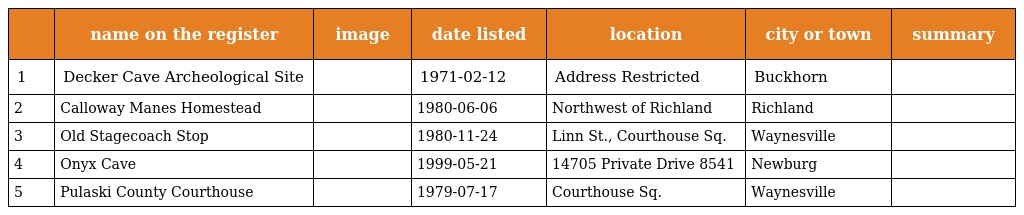
|  | name on the register | image | date listed | location | city or town | summary |
 | --- | --- | --- | --- | --- | --- | --- |
 | 1 | Decker Cave Archeological Site |  | 1971-02-12 | Address Restricted | Buckhorn |  |
 | 2 | Calloway Manes Homestead |  | 1980-06-06 | Northwest of Richland | Richland |  |
 | 3 | Old Stagecoach Stop |  | 1980-11-24 | Linn St., Courthouse Sq. | Waynesville |  |
 | 4 | Onyx Cave |  | 1999-05-21 | 14705 Private Drive 8541 | Newburg |  |
 | 5 | Pulaski County Courthouse |  | 1979-07-17 | Courthouse Sq. | Waynesville |  |